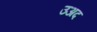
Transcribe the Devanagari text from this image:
उअद